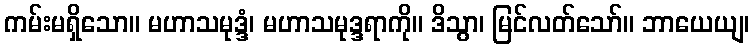
ကမ်းမရှိသော။ မဟာသမုဒ္ဒံ၊ မဟာသမုဒ္ဒရာကို။ ဒိသွာ၊ မြင်လတ်သော်။ ဘာယေယျ၊